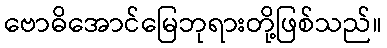
ဗောဓိအောင်မြေဘုရားတို့ဖြစ်သည်။